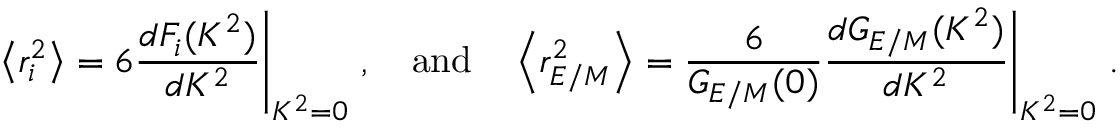
\left< r _ { i } ^ { 2 } \right> = 6 { \frac { d F _ { i } ( K ^ { 2 } ) } { d K ^ { 2 } } } \Bigg \vert _ { K ^ { 2 } = 0 } \; , \quad \mathrm { a n d } \quad \left< r _ { E / M } ^ { 2 } \right> = { \frac { 6 } { G _ { E / M } ( 0 ) } } { \frac { d G _ { E / M } ( K ^ { 2 } ) } { d K ^ { 2 } } } \Bigg \vert _ { K ^ { 2 } = 0 } \; .